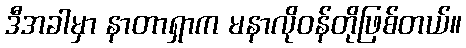
ဒီအခါမှာ နာတာရှာက မနာလိုဝန်တိုဖြစ်တယ်။